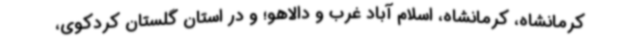
کرمانشاه، کرمانشاه، اسلام آباد غرب و دالاهو؛ و در استان گلستان کردکوی،